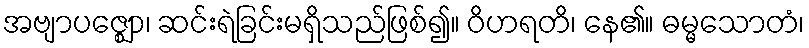
အဗျာပဇ္ဈော၊ ဆင်းရဲခြင်းမရှိသည်ဖြစ်၍။ ဝိဟရတိ၊ နေ၏။ ဓမ္မသောတံ၊